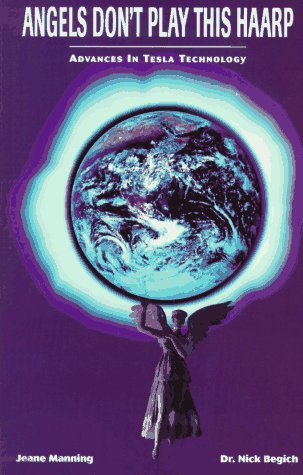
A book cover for Angels Don't Play This Haarp: Advances in Tesla Technology; Nick Begich; Engineering & Transportation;